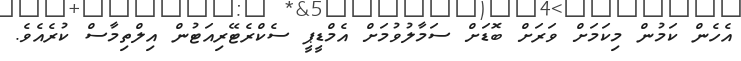
އެހެން ކަމުން މިކަމަށް ވަރަށް ބޮޑަށް ސަމާލުވުމަށް އެމްޑީޕީ ސެކްރެޓޭރިއަޓުން އިލްތިމާސް ކުރެއެވެ.